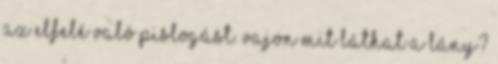
az elfelé való pislogást. Vajon mit láthat a lány?